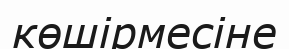
көшірмесіне